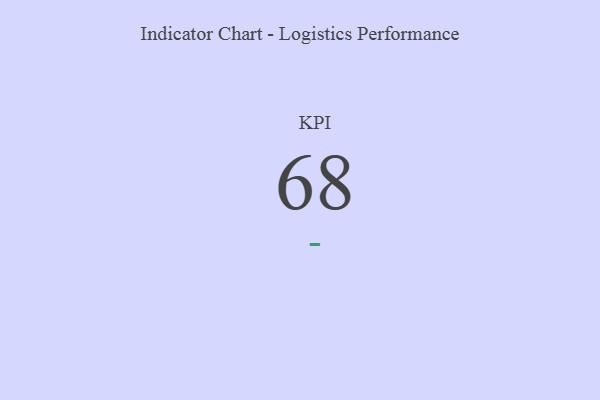
{"axis": {"x": "KPI", "y": "Value"}, "legend": [""], "data": [{"x": "KPI", "y": 68, "type": ""}]}